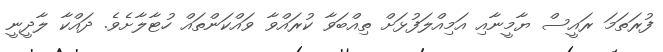
ފުރަތަމަ ރައީސް ޔާމީނާއި އަމިއްލަފުޅަށް ތިއްބަވާ ކުރައްވާ ވައްކަންތައް ހުޓާލާށެވެ. ދައްކާ ލާދީނީ